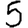
Digit: 5